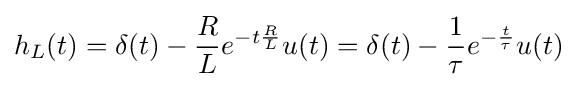
h_{L}(t)=\delta (t)-{\frac {R}{L}}e^{-t{\frac {R}{L}}}u(t)=\delta (t)-{\frac {1}{\tau }}e^{-{\frac {t}{\tau }}}u(t)